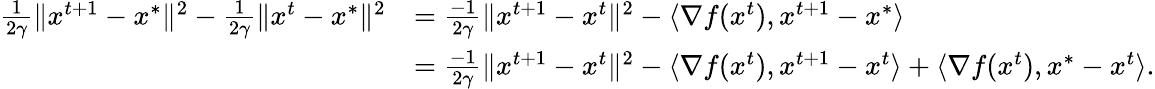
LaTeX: \begin{array}{rl}{\frac{1}{2\gamma}\Vert x^{t+1}-x^{*}\Vert^{2}-\frac{1}{2\gamma}\Vert x^{t}-x^{*}\Vert^{2}}&{=\frac{-1}{2\gamma}\Vert x^{t+1}-x^{t}\Vert^{2}-\langle\nabla f(x^{t}),x^{t+1}-x^{*}\rangle}\\ &{=\frac{-1}{2\gamma}\Vert x^{t+1}-x^{t}\Vert^{2}-\langle\nabla f(x^{t}),x^{t+1}-x^{t}\rangle+\langle\nabla f(x^{t}),x^{*}-x^{t}\rangle.}\end{array}